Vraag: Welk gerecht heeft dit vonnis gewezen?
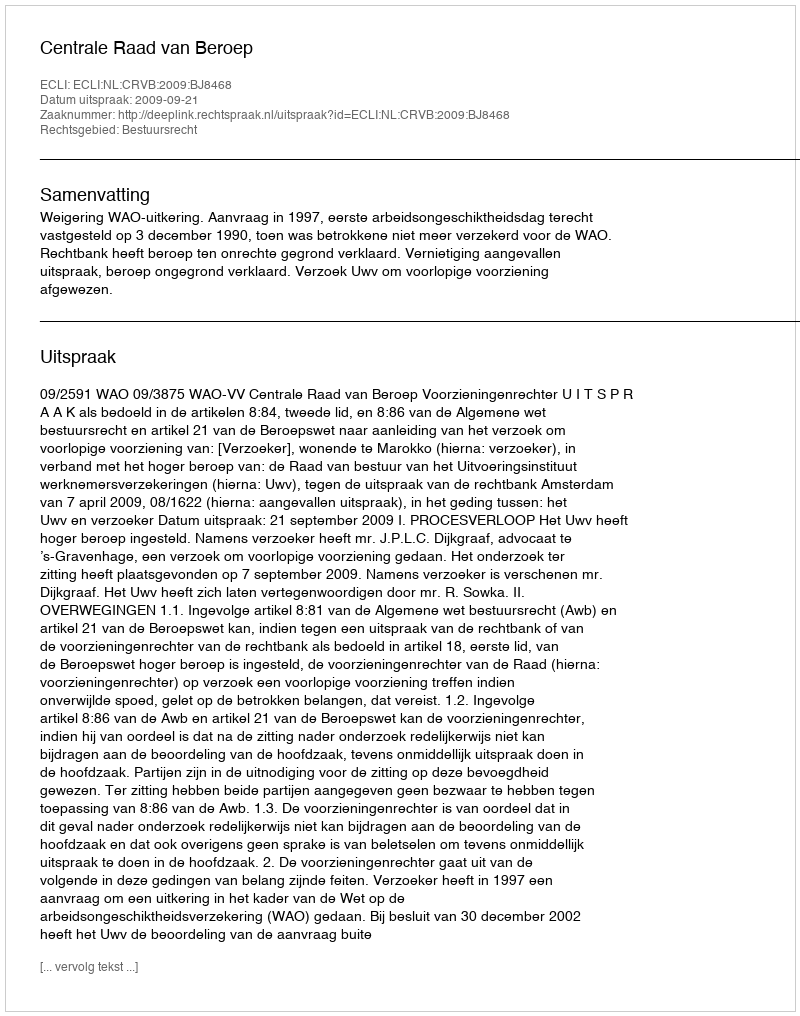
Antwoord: Centrale Raad van Beroep